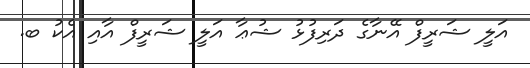
އަލީ ޝަރީފް އޭނާގެ ދަރިފުޅު ޝުޢާ އަލީ ޝަރީފް އާއި އެކު ބ.